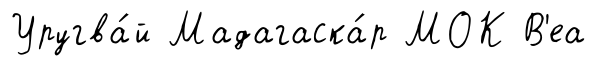
Уругва́й Мадагаска́р МОК В'еа